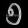
Digit: ၅